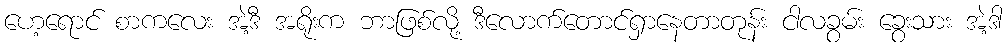
ဟေ့ရောင် စာကလေး အဲ့ဒီ အရိုးက ဘာဖြစ်လို့ ဒီလောက်တောင်ရှာနေတာတုန်း ငါလခွမ်း ခွေးသား အဲ့ဒါ